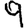
Digit: 9